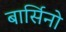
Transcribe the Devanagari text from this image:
बार्सिनो